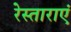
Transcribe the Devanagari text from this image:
रेस्ताराएं